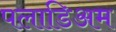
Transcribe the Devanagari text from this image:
पलाडिअम